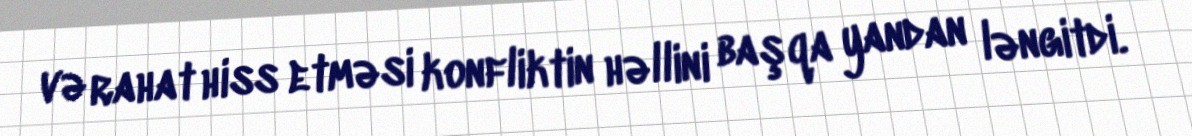
və rahat hiss etməsi konfliktin həllini başqa yandan ləngitdi.